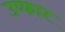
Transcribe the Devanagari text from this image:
उप्फार